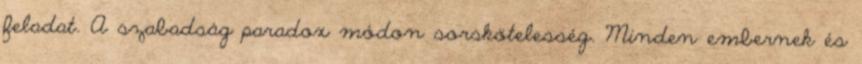
feladat. A szabadság paradox módon sorskötelesség. Minden embernek és